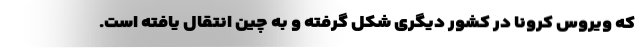
که ویروس کرونا در کشور دیگری شکل گرفته و به چین انتقال یافته است.